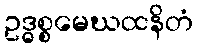
ဥဒ္ဓစ္စမေဃထနိတံ